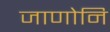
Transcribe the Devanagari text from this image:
जाणोनि